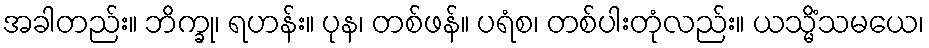
အခါတည်း။ ဘိက္ခု၊ ရဟန်း။ ပုန၊ တစ်ဖန်။ ပရံစ၊ တစ်ပါးတုံလည်း။ ယသ္မိံသမယေ၊